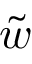
\tilde { w }